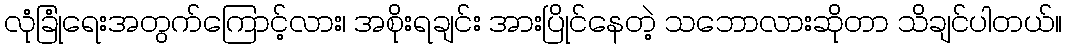
လုံခြုံရေးအတွက်ကြောင့်လား၊ အစိုးရချင်း အားပြိုင်နေတဲ့ သဘောလားဆိုတာ သိချင်ပါတယ်။